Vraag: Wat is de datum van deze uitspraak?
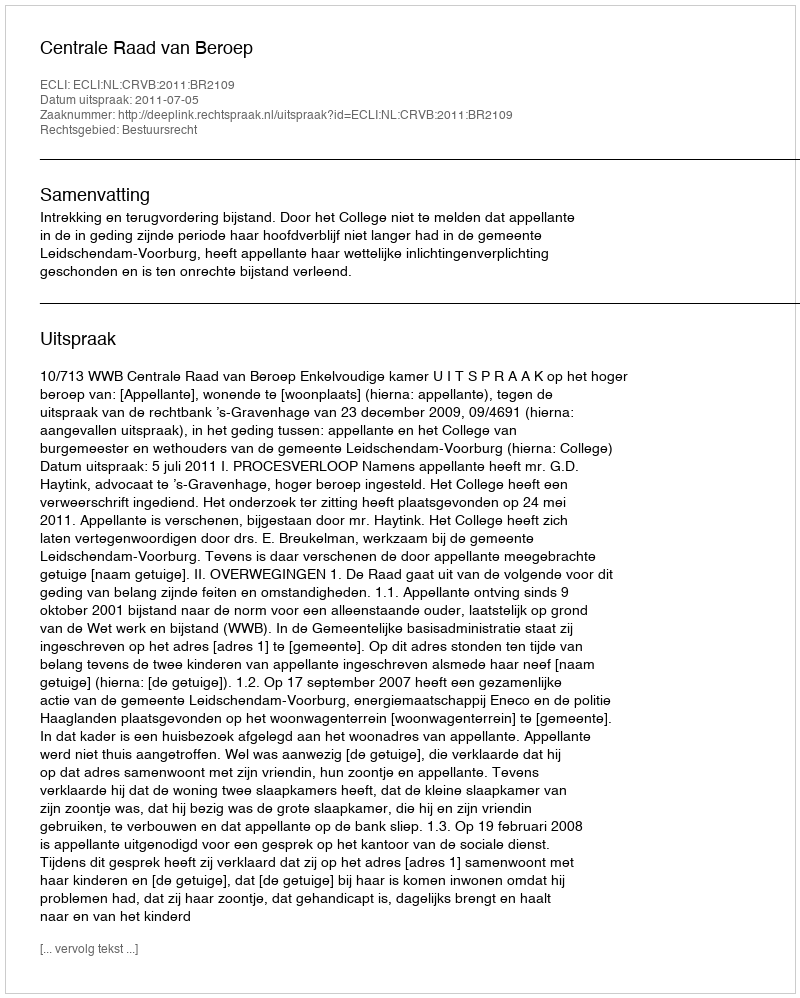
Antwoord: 2011-07-05